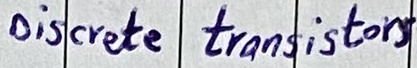
Text: Ground pin 16